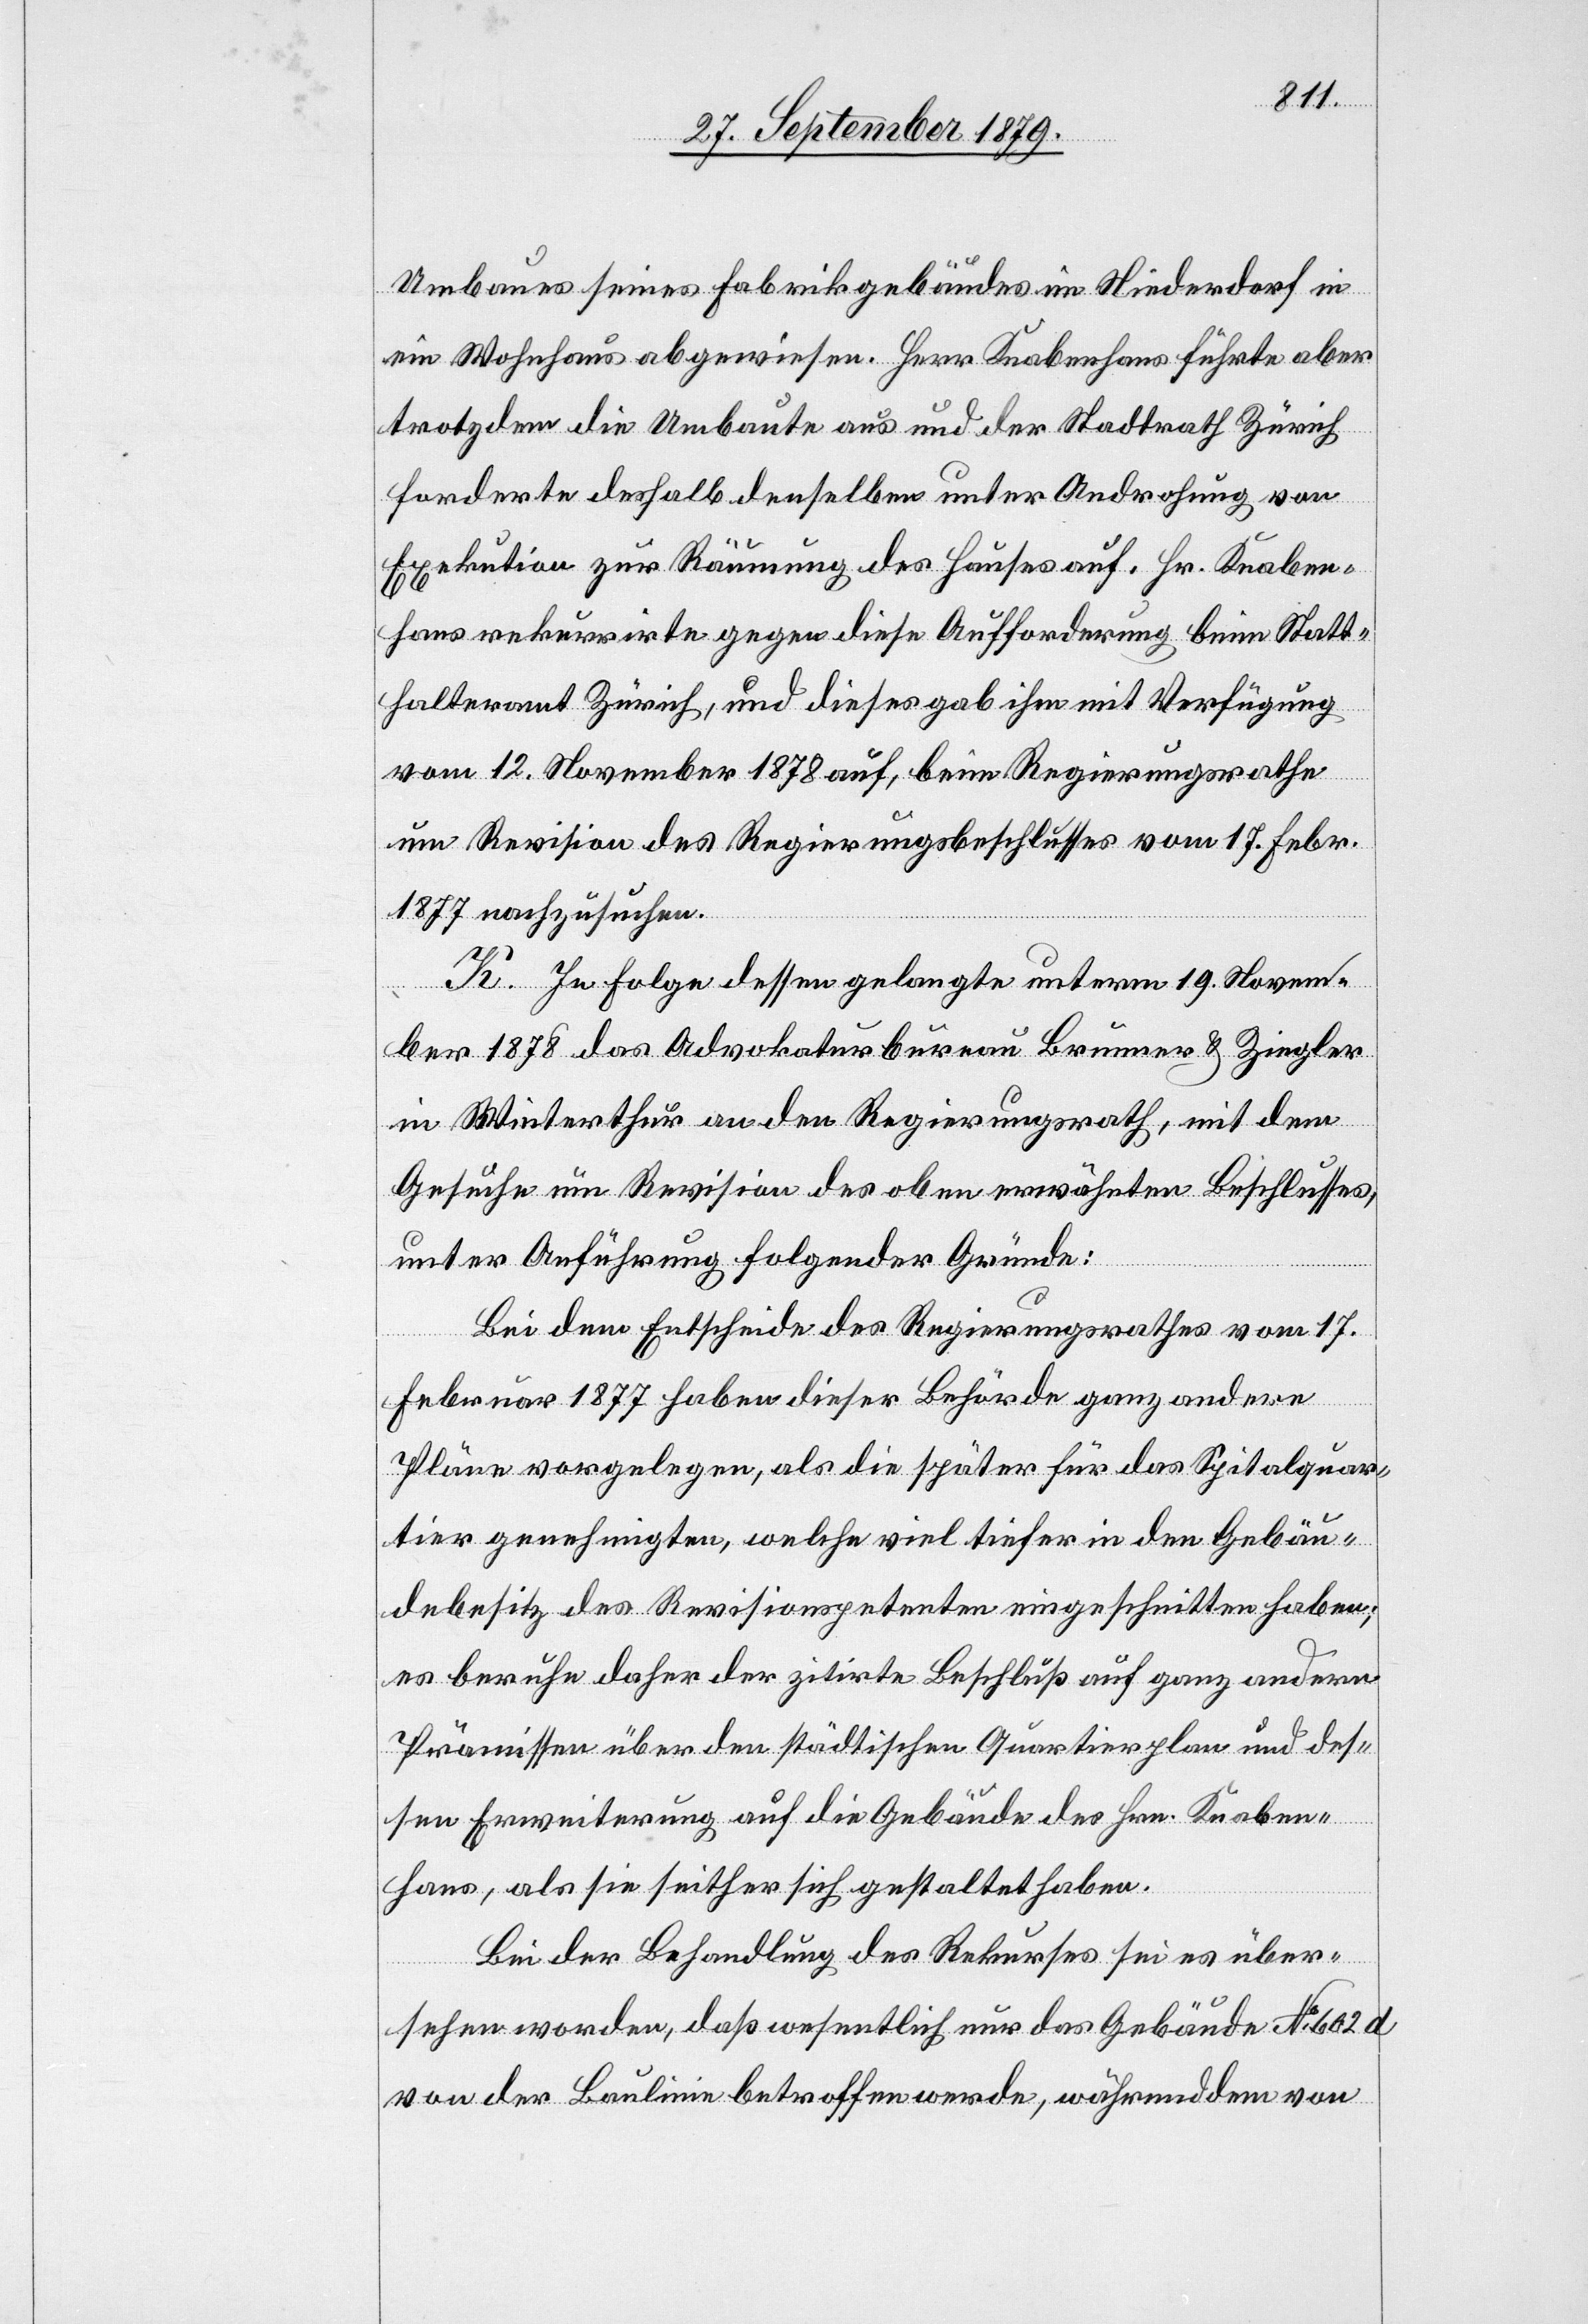
Umbaus seines Fabrikgebäudes im Niederdorf in
ein Wohnhaus abgewiesen. Herr Knabenhans führte aber
trotzdem die Umbaute aus und der Stadtrath Zürich
forderte deshalb denselben unter Androhung von
Exekution zur Räumung des Hauses auf. Hr. Knaben¬
hans rekurrirte gegen diese Aufforderung beim Statt¬
halteramt Zürich, und dieses gab ihm mit Verfügung
vom 12. November 1878 auf, beim Regierungsrathe
um Revision des Regierungsbeschlusses vom 17. Febr.
1877 nachzusuchen.
K. In Folge dessen gelangte unterm 19. Novem¬
Gebäu¬
ber 1878 das Advokaturbureau Brunner & Ziegler
in Winterthur an den Regierungsrath, mit dem
Gesuche um Revision des oben erwähnten Beschlusses,
unter Ausführung folgender Gründe:
Bei dem Entscheide des Regierungsrathes vom 17.
Februar 1877 haben dieser Behörde ganz andere
debesitz des Revisionspetenten eingeschnitten haben;
es beruhe daher der zitirte Berschluß auf ganz andern
Prämissen über den städtischen Quartierplan und des¬
sen Erweiterung auf die Gebäude des Hrn. Knaben¬
hans, als sie seither sich gestaltet haben.
Bei der Behandlung des Rekurses sei es über¬
sehen worden, daß wesentlich nur das Gebäude No 602 d
von der Baulinie betroffen werde, währenddem von